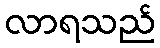
လာရသည်